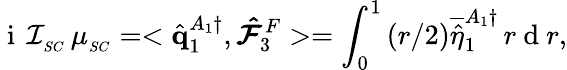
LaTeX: \mathrm{~i~}\, \mathcal{I}_{_{SC}}\, \mu_{_{SC}}=<\hat{\mathbf{q}}_{1}^{A_{1}\dagger},\boldsymbol{\hat{\mathcal{F}}}_{3}^{F}>=\int_{0}^{1}\left(r/2\right)\overline{{\hat{\eta}}}_{1}^{A_{1}\dagger}\, r\mathrm{~d~}r,